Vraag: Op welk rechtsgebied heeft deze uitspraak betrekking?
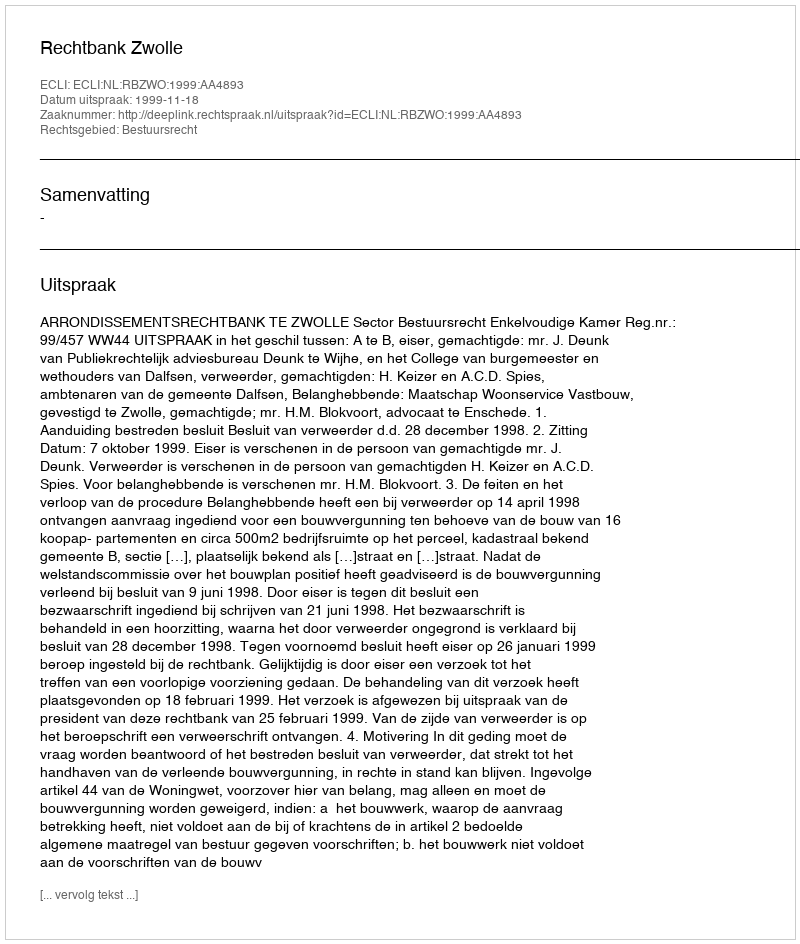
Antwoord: Bestuursrecht